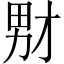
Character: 𪟞